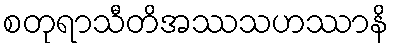
စတုရာသီတိအဿသဟဿာနိ